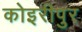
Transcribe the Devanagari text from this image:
कोइरीपुर